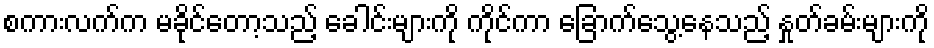
စကားလက်က မခိုင်တော့သည့် ခေါင်းများကို ကိုင်ကာ ခြောက်သွေ့နေသည့် နှုတ်ခမ်းများကို